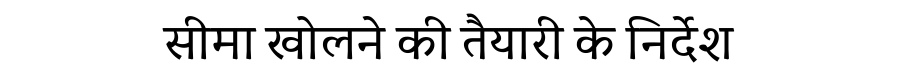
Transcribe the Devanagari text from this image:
सीमा खोलने की तैयारी के निर्देश